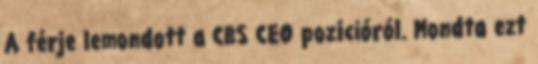
A férje lemondott a CBS CEO pozícióról. Mondta ezt